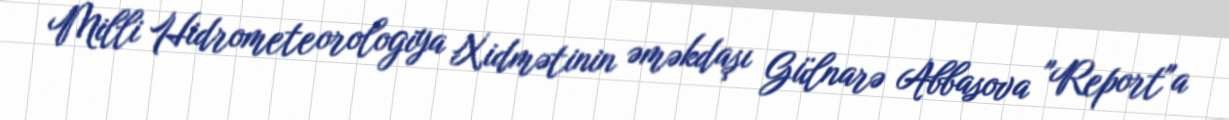
Milli Hidrometeorologiya Xidmətinin əməkdaşı Gülnarə Abbasova "Report"a